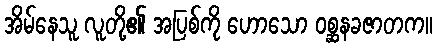
အိမ်နေသူ လူတို့၏ အပြစ်ကို ဟောသော ဝစ္ဆနခဇာတက။